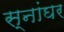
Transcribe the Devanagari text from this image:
स्नांघर